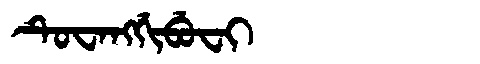
Manchu: ᡨᡠᠸᠠᠩᡤᡳᠪᡠᠸᡳ
Romanization: TUWANGGIBUFI